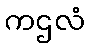
ကဌလံ